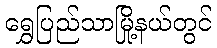
ရွှေပြည်သာမြို့နယ်တွင်